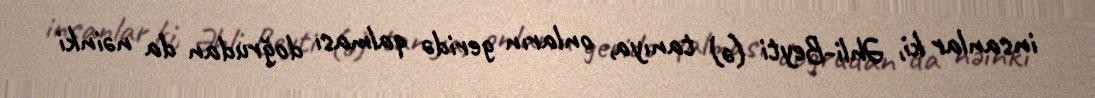
insanlar ki, Əhli-Beyti (ə) tanıya, onların geridə qalması doğrudan da nəinki